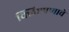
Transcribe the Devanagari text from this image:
क्लिष्टपणाचे